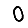
Digit: 0